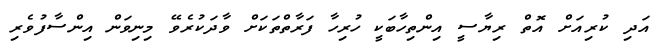
އަދި ކުރިއަށް އޮތް ރިޔާސީ އިންތިހާބަކީ ހުރިހާ ފަރާތްތަކަށް ވާދަކުރެވޭ މިނިވަން އިންސާފުވެރި